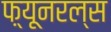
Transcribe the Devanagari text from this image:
फ़्यूनरल्स